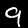
Digit: 9